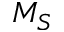
M _ { S }